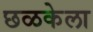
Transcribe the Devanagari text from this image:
छळकेला